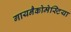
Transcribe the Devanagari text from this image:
गायनैकोमेस्टिया